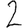
Digit: 2